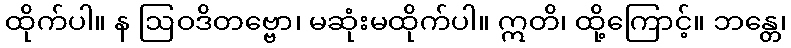
ထိုက်ပါ။ န ဩဝဒိတဗ္ဗော၊ မဆုံးမထိုက်ပါ။ ဣတိ၊ ထို့ကြောင့်။ ဘန္တေ၊